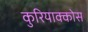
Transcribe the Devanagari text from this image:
कुरियाक्कोस